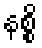
နစ္စိ